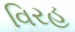
વિરહ